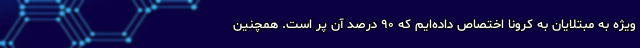
ویژه به مبتلایان به کرونا اختصاص داده‌ایم که ۹۰ درصد آن پر است. همچنین